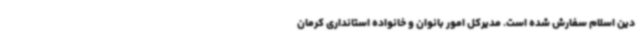
دین اسلام سفارش شده است. مدیرکل امور بانوان و خانواده استانداری کرمان